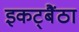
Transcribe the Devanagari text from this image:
इकट्बैंठा